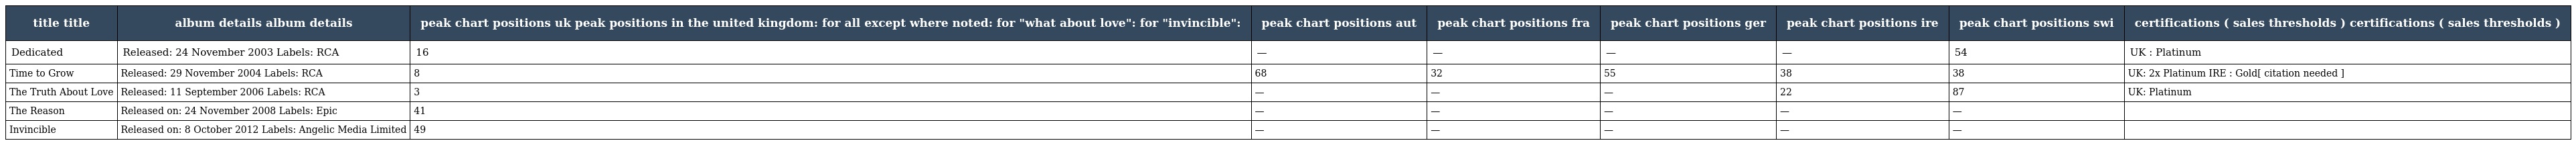
| title title | album details album details | peak chart positions uk peak positions in the united kingdom: for all except where noted: for "what about love": for "invincible": | peak chart positions aut | peak chart positions fra | peak chart positions ger | peak chart positions ire | peak chart positions swi | certifications ( sales thresholds ) certifications ( sales thresholds ) |
 | --- | --- | --- | --- | --- | --- | --- | --- | --- |
 | Dedicated | Released: 24 November 2003 Labels: RCA | 16 | — | — | — | — | 54 | UK : Platinum |
 | Time to Grow | Released: 29 November 2004 Labels: RCA | 8 | 68 | 32 | 55 | 38 | 38 | UK: 2x Platinum IRE : Gold[ citation needed ] |
 | The Truth About Love | Released: 11 September 2006 Labels: RCA | 3 | — | — | — | 22 | 87 | UK: Platinum |
 | The Reason | Released on: 24 November 2008 Labels: Epic | 41 | — | — | — | — | — |  |
 | Invincible | Released on: 8 October 2012 Labels: Angelic Media Limited | 49 | — | — | — | — | — |  |